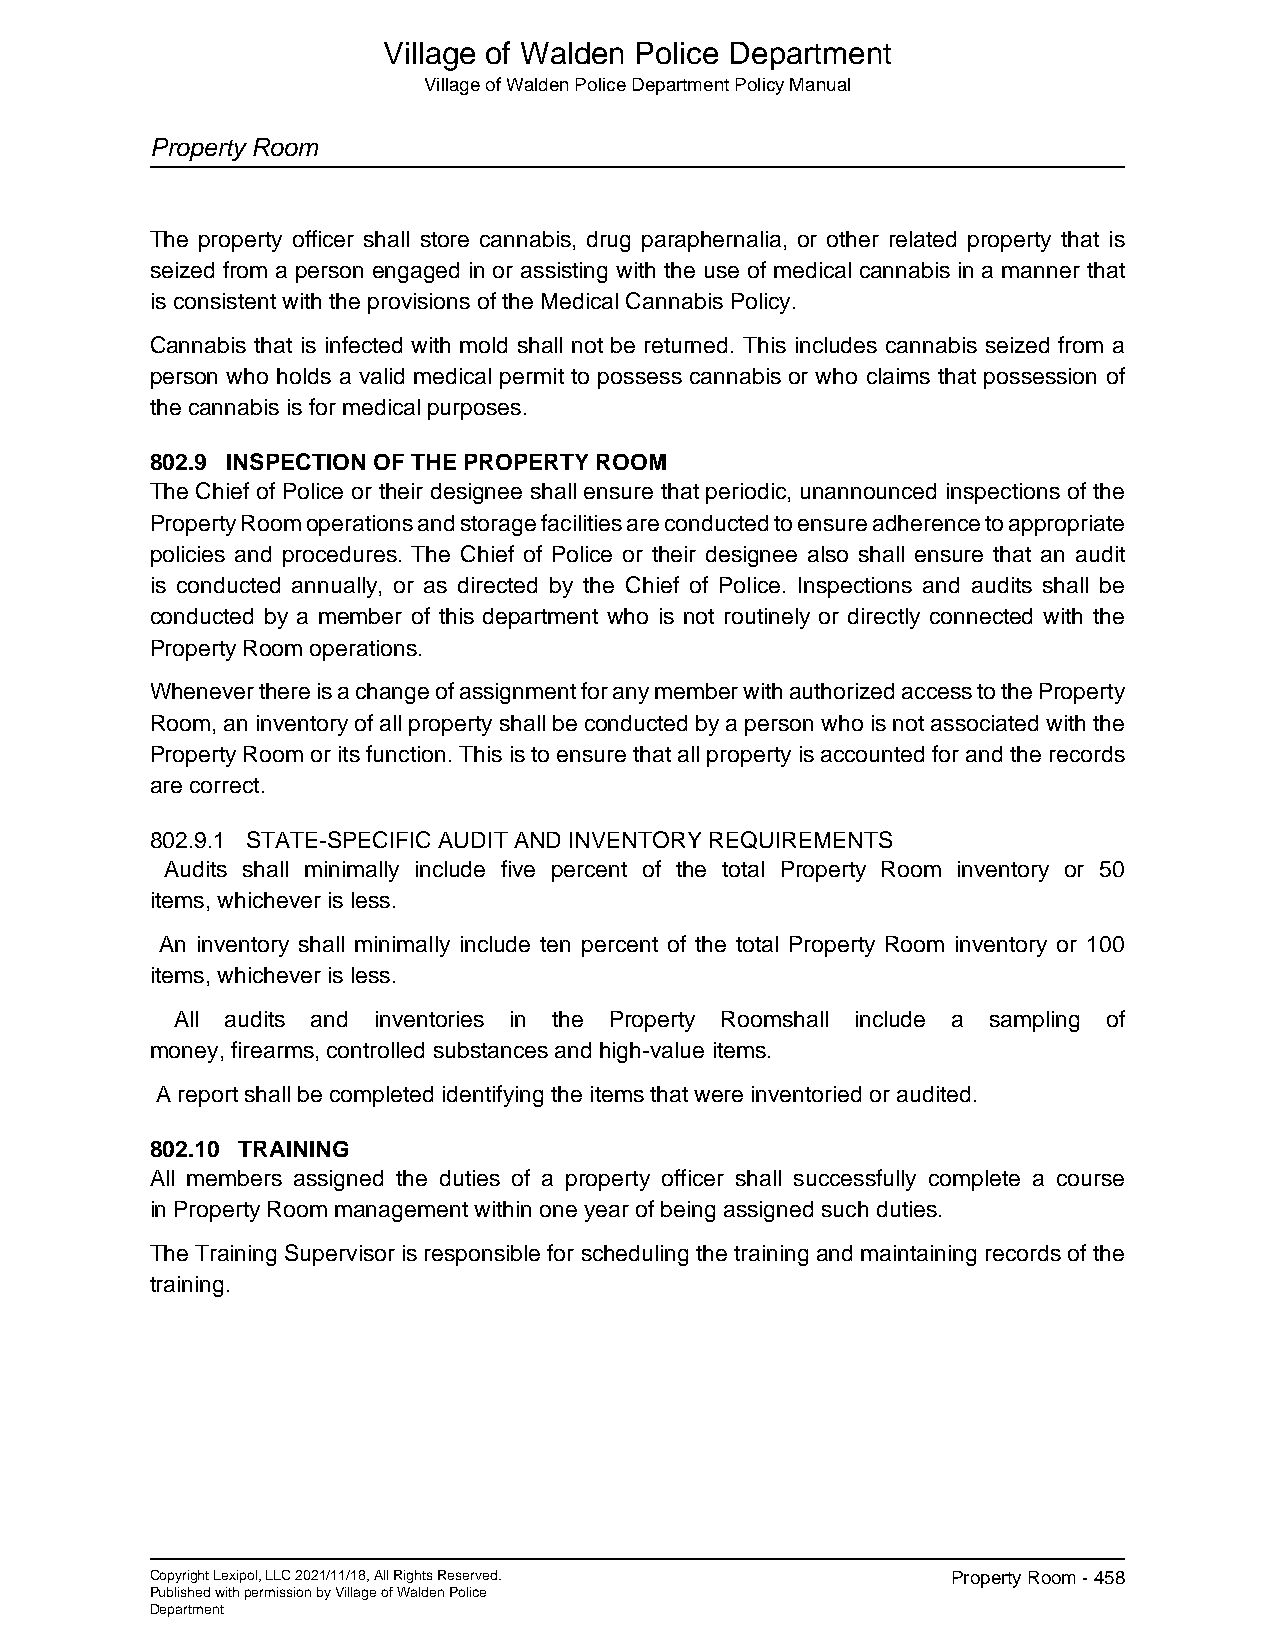
Village of Walden Police Department
 Village of Walden Police Department Policy Manual
 Property Room
 The property officer shall store cannabis, drug paraphernalia, or other related property that is
 seized from a person engaged in or assisting with the use of medical cannabis in a manner that
 is consistent with the provisions of the Medical Cannabis Policy.
 Cannabis that is infected with mold shall not be returned. This includes cannabis seized from a
 person who holds a valid medical permit to possess cannabis or who claims that possession of
 the cannabis is for medical purposes.
 802.9 INSPECTION OF THE PROPERTY ROOM
 The Chief of Police or their designee shall ensure that periodic, unannounced inspections of the
 Property Room operations and storage facilities are conducted to ensure adherence to appropriate
 policies and procedures. The Chief of Police or their designee also shall ensure that an audit
 is conducted annually, or as directed by the Chief of Police. Inspections and audits shall be
 conducted by a member of this department who is not routinely or directly connected with the
 Property Room operations.
 Whenever there is a change of assignment for any member with authorized access to the Property
 Room, an inventory of all property shall be conducted by a person who is not associated with the
 Property Room or its function. This is to ensure that all property is accounted for and the records
 are correct.
 802.9.1 STATE-SPECIFIC AUDIT AND INVENTORY REQUIREMENTS
 Audits shall minimally include five percent of the total Property Room inventory or 50
 items, whichever is less.
 An inventory shall minimally include ten percent of the total Property Room inventory or 100
 items, whichever is less.
 All audits and inventories in the Property Roomshall include a sampling of
 money, firearms, controlled substances and high-value items.
 A report shall be completed identifying the items that were inventoried or audited.
 802.10 TRAINING
 All members assigned the duties of a property officer shall successfully complete a course
 in Property Room management within one year of being assigned such duties.
 The Training Supervisor is responsible for scheduling the training and maintaining records of the
 training.
 Copyright Lexipol, LLC 2021/11/18, All Rights Reserved. Property Room - 458
 Published with permission by Village of Walden Police
 Department